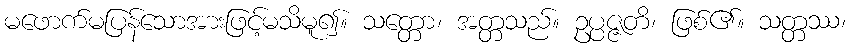
မဖောက်မပြန်သောအားဖြင့်မသိမူ၍။ သတ္တော၊ အတ္တသည်။ ဥပ္ပဇ္ဇတိ၊ ဖြစ်၏။ သတ္တဿ၊